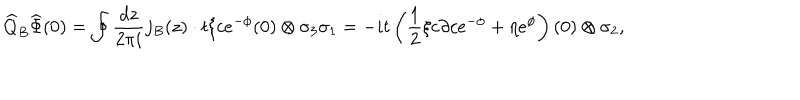
LaTeX: \widehat { Q } _ { B } \widehat { \Phi } ( 0 ) = \oint \frac { d z } { 2 \pi i } j _ { B } ( z ) \cdot t \xi c e ^ { - \phi } ( 0 ) \otimes \sigma _ { 3 } \sigma _ { 1 } = - i t \left( \frac { 1 } { 2 } \xi c \partial c e ^ { - \phi } + \eta e ^ { \phi } \right) ( 0 ) \otimes \sigma _ { 2 } ,